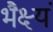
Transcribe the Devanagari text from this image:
भैक्ष्यं